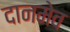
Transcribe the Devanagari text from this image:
दानमेव